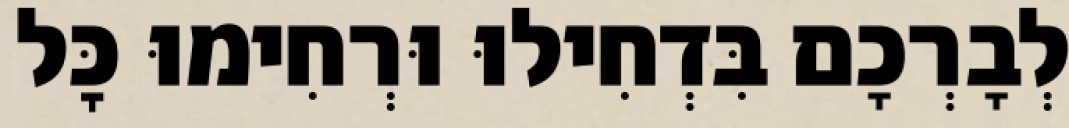
לְבָרְכָם בִּדְחִילוּ וּרְחִימוּ כׇּל